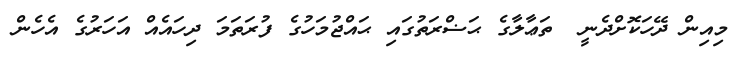
މިއިން ދޭހަކޮށްދެނީ  ތަޢާލާގެ ޙަޟްރަތުގައި ޙައްޖުމަހުގެ ފުރަތަމަ ދިހައެއް އަހަރުގެ އެހެން